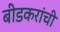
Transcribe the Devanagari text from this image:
बीडकरांची